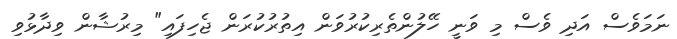
ނަމަވެސް އަދި ވެސް މި ވަނީ ހޭލުންތެރިކުރުވަން އިތުރުކުރަން ޖެހިފައި" މިރުޝާން ވިދާޅުވި